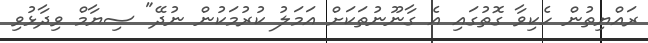
ރައްޔިތުން ހެކިވާ ގޮތުގައި އެ ގާނޫނުތަކަށް އަމަލު ކުރުމަކުން ނުދޭ" ސިޔާމް ވިދާޅުވި